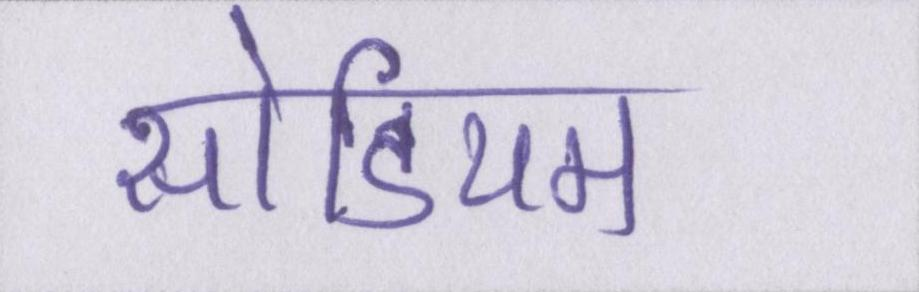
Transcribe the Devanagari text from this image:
सोडियम